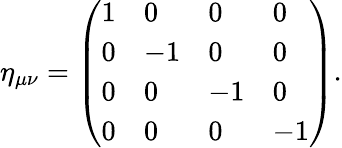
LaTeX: \eta_{\mu\nu}={\left(\begin{array}{llll}{1}&{0}&{0}&{0}\\ {0}&{-1}&{0}&{0}\\ {0}&{0}&{-1}&{0}\\ {0}&{0}&{0}&{-1}\end{array}\right)}.